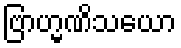
ဗြာဟ္မဏိသယော